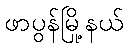
ဖာပွန်မြို့နယ်